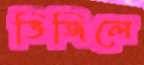
ভিজিলে